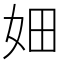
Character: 㚼